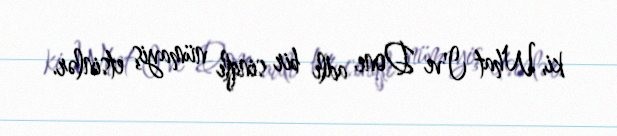
ki, What I've Done adlı bir sinqlı nümayiş etsinlər.